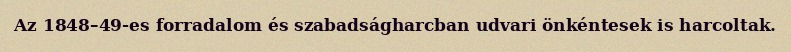
Az 1848–49-es forradalom és szabadságharcban udvari önkéntesek is harcoltak.